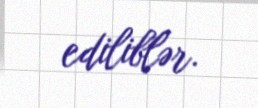
ediliblər.